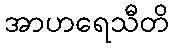
အာဟရေသီတိ